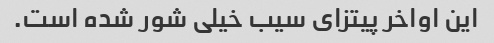
این اواخر پیتزای سیب خیلی شور شده است.